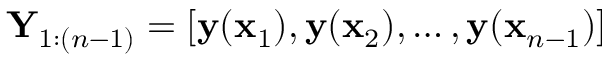
\mathbf Y _ { 1 : ( n - 1 ) } = [ \mathbf { y } ( \mathbf x _ { 1 } ) , \mathbf { y } ( \mathbf x _ { 2 } ) , \dots , \mathbf { y } ( \mathbf x _ { n - 1 } ) ]